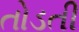
તોડતી